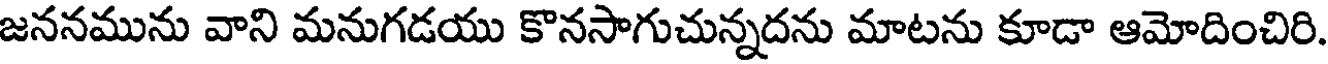
జననమును వాని మనుగడయు కొనసాగుచున్నదను మాటను కూడా ఆమోదించిరి